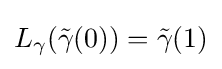
L_{\gamma }({\tilde {\gamma }}(0))={\tilde {\gamma }}(1)